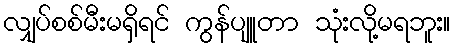
လျှပ်စစ်မီးမရှိရင် ကွန်ပျူတာ သုံးလို့မရဘူး။